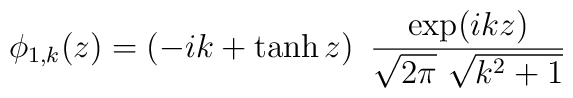
\phi_{1,k}(z) = \left(- i k + \tanh z\right)\ {{\exp(ikz)} \over {\sqrt{2 \pi} \    \sqrt{k^2 + 1}}}